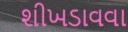
શીખડાવવા